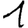
Digit: 1